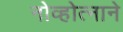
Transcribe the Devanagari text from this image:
नोव्होत्नाने